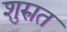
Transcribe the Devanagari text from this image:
शुरुात